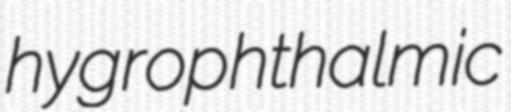
hygrophthalmic